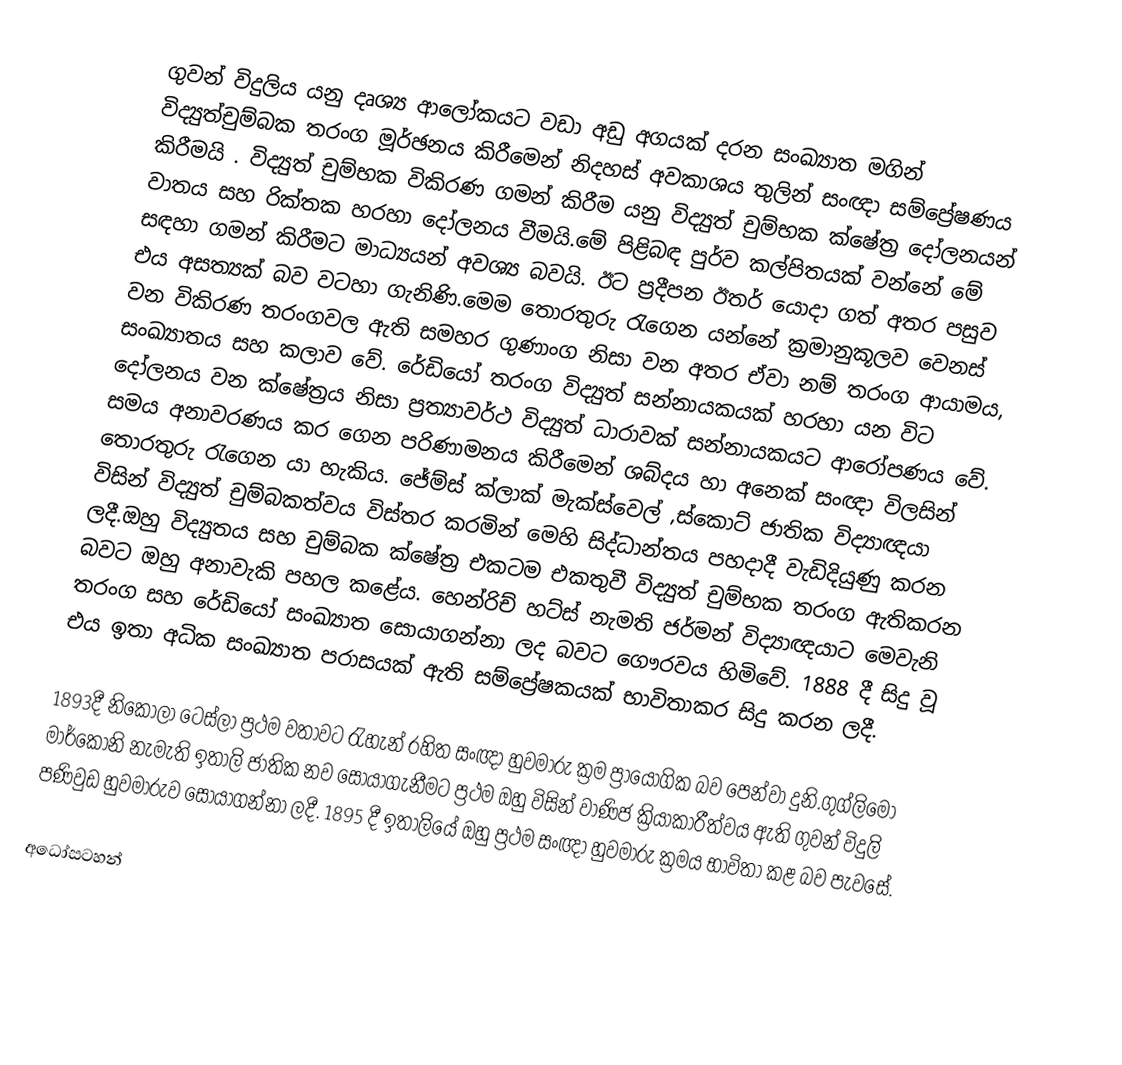
ගුවන් විදුලිය යනු  දෘශ්‍ය ආලෝකයට වඩා අඩු අගයක් දරන  සංඛ්‍යාත මගින්  විද්‍යුත්චුම්බක තරංග මූර්ඡනය  කිරීමෙන් නිදහස් අවකාශය තුලින් සංඥා සම්ප්‍රේෂණය කිරීමයි .  විද්‍යුත් චුම්භක විකිරණ ගමන් කිරීම යනු විද්‍යුත් චුම්භක ක්ෂේත්‍ර දෝලනයන් වාතය සහ රික්තක හරහා දෝලනය වීමයි.මේ පිළිබඳ පුර්ව කල්පිතයක් වන්නේ මේ සඳහා ගමන් කිරීමට මාධ්‍යයන් අවශ්‍ය බවයි. ඊට ප්‍රදීපන ඊතර් යොදා ගත් අතර පසුව එය අසත්‍යක් බව වටහා ගැනිණි.මෙම තොරතුරු රැගෙන යන්නේ ක්‍රමානුකූලව වෙනස් වන විකිරණ තරංගවල ඇති සමහර ගුණාංග නිසා වන අතර ඒවා නම් තරංග ආයාමය, සංඛ්‍යාතය සහ කලාව වේ. රේඩියෝ තරංග විද්‍යුත් සන්නායකයක් හරහා යන විට දෝලනය වන ක්ෂේත්‍රය නිසා ප්‍රත්‍යාවර්ථ විද්‍යුත් ධාරාවක් සන්නායකයට ආරෝපණය වේ. සමය අනාවරණය කර ගෙන පරිණාමනය කිරීමෙන් ශබ්දය හා අනෙක් සංඥා විලසින් තොරතුරු රැගෙන යා හැකිය. ජේම්ස් ක්ලාක් මැක්ස්වෙල් ,ස්කොට් ජාතික විද්‍යාඥයා විසින් විද්‍යුත් චුම්බකත්වය විස්තර කරමින් මෙහි සිද්ධාන්තය පහදාදී වැඩිදියුණු කරන ලදී.ඔහු විද්‍යුතය සහ චුම්බක ක්ෂේත්‍ර එකටම එකතුවී විද්‍යුත් චුම්භක තරංග ඇතිකරන බවට ඔහු අනාවැකි පහල කළේය. හෙන්රිච් හට්ස් නැමති ජර්මන් විද්‍යාඥයාට මෙවැනි තරංග සහ රේඩියෝ සංඛ්‍යාත සොයාගන්නා ලද බවට ගෞරවය හිමිවේ. 1888 දී සිදු වූ එය ඉතා අධික සංඛ්‍යාත පරාසයක් ඇති සම්ප්‍රේෂකයක් භාවිතාකර සිදු කරන ලදී.

1893දී නිකොලා ටෙස්ලා ප්‍රථම වතාවට රැහැන් රහිත සංඥා හුවමාරු ක්‍රම ප්‍රායෝගික බව පෙන්වා දුනි.ගුග්ලිමෝ මාර්කෝනි නැමැති ඉතාලි ජාතික නව සොයාගැනීමට ප්‍රථම ඔහු විසින් වාණිජ ක්‍රියාකාරීත්වය ඇති ගුවන් විදුලි පණිවුඩ හුවමාරුව සොයාගන්නා ලදී. 1895 දී ඉතාලියේ ඔහු ප්‍රථම සංඥා හුවමාරු ක්‍රමය භාවිතා කළ බව පැවසේ.

අධෝසටහන්